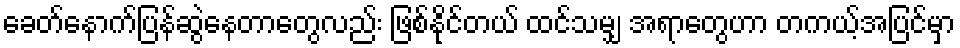
ခေတ်နောက်ပြန်ဆွဲနေတာတွေလည်း ဖြစ်နိုင်တယ် ထင်သမျှ အရာတွေဟာ တကယ့်အပြင်မှာ